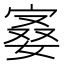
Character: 𪧙